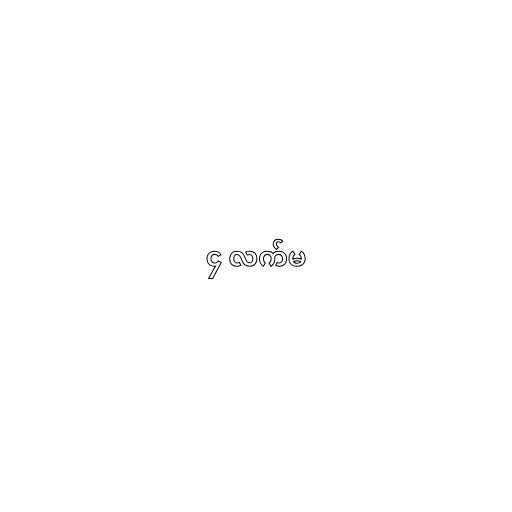
၄ လက်မ